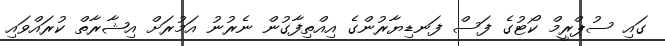
ގައި ސުޕްރީމް ކޯޓުގެ ފަސް ފަނޑިޔާރުންގެ އިއްތިފާގުން ނެރުނު އަމުރަށް އިޝާރާތް ކުރައްވައި